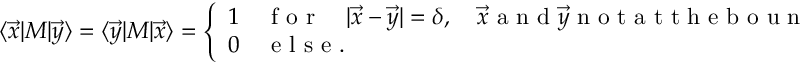
\langle \vec { x } | M | \vec { y } \rangle = \langle \vec { y } | M | \vec { x } \rangle = \left\{ \begin{array} { l l } { 1 \quad \textrm { f o r } \quad | \vec { x } - \vec { y } | = \delta , \quad \vec { x } \textrm { a n d } \vec { y } \textrm { n o t a t t h e b o u n d a r y } , } \\ { 0 \quad \textrm { e l s e } . } \end{array} \right.